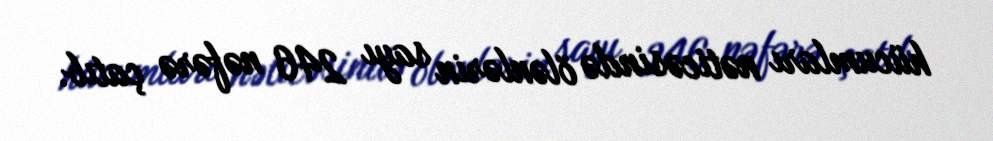
hücumları nəticəsində ölənlərin sayı 246 nəfərə çatıb.